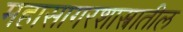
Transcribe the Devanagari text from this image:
महासागरशास्त्रातील